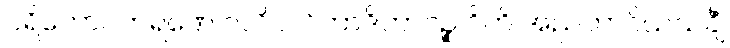
ပရိဘောဂကရဏေ ဝလိပလိတာဒိဘာဝဉ္စ ဂိဟိ အညဘာဂိယသင်္ချံ